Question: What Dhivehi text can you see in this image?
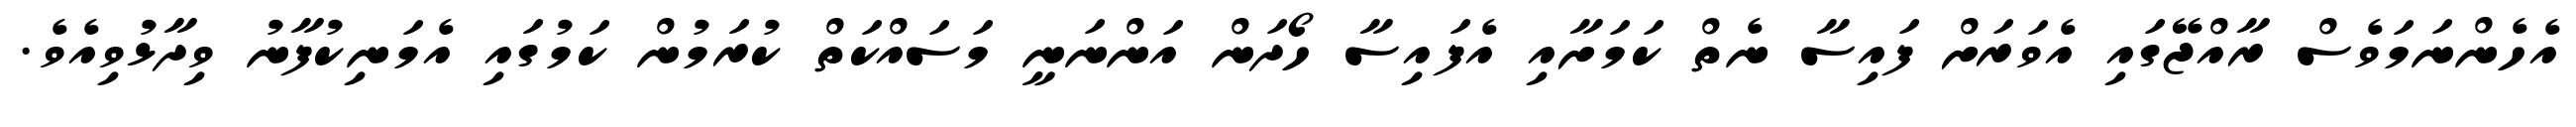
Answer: އެހެންނަމަވެސް ރާއްޖޭގައި އެވަރަށް ފައިސާ ނެތް ކަމަށާއި އެފައިސާ ހޯދަން އަންނަނީ މަސައްކަތް ކުރަމުން ކަމުގައި އެމަނިކުފާނު ވިދާޅުވިއެވެ.